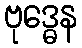
ဗုဒ္ဓေန